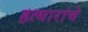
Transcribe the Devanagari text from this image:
हत्यारांचे